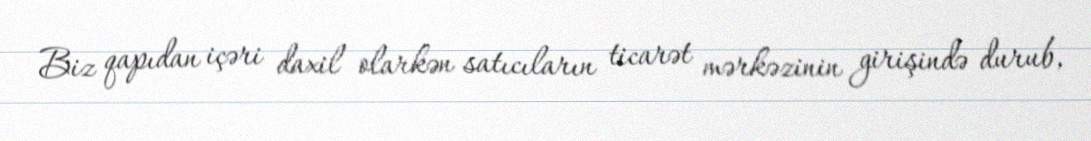
Biz qapıdan içəri daxil olarkən satıcıların ticarət mərkəzinin girişində durub,